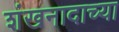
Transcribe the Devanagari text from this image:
शंखनादाच्या